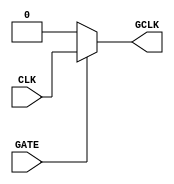
module clock_gating (
    input wire CLK,          // Primary clock signal
    input wire GATE,         // Gating control signal
    output wire GCLK         // Gated clock signal
);

// Clock Gating Cell
assign GCLK = GATE ? CLK : 1'b0; // If GATE is high, GCLK follows CLK; else GCLK is low

endmodule